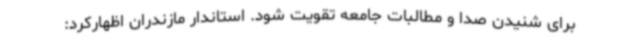
برای شنیدن صدا و مطالبات جامعه تقویت شود. استاندار مازندران اظهارکرد: